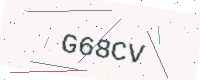
Text: G68CV